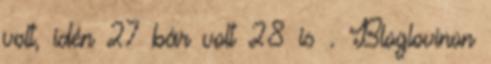
volt, idén 27 bár volt 28 is . Bloglovinon